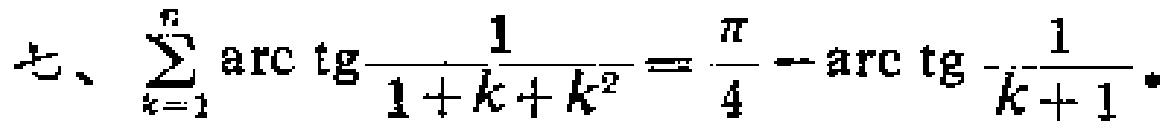
七、\(\sum_{k = 1}^{n} \arctan\frac{1}{1 + k + k^{2}}=\frac{\pi}{4}-\arctan\frac{1}{k + 1}\)